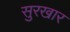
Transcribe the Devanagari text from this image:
सुरखार